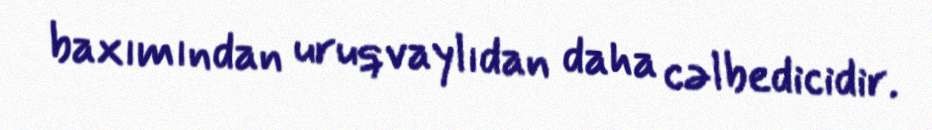
baxımından uruqvaylıdan daha cəlbedicidir.